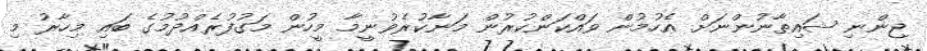
ޖިންނި ޝައިޠާނުންނަށް އެހުމުން ވައްކަންކުރުން މަނާކުރެވުނީމާ މީހުން މަގުފުރެއްދުމުގެ ބައި މިހާރު މި